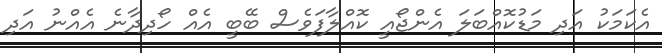
އެކަމަކު އަދި މަޑުކޮއްބަލަ އެންޖޯއީ ކޮއްލާފަވެސް ބޭބީ އެއް ހޯދިދާނެ އެއްނު އަދި